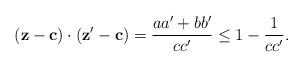
LaTeX: \begin{align*}(\mathbf z - \mathbf c)\cdot (\mathbf z' - \mathbf c)&= \frac{aa' + bb'}{cc'} \le 1 - \frac{1}{cc'}.\end{align*}